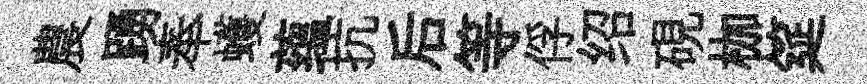
農踴奉蠖蕴抗后等俘绍硯枷筵